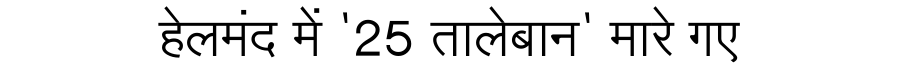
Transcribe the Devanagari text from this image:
हेलमंद में '25 तालेबान' मारे गए